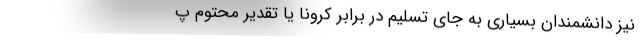
نیز دانشمندان بسیاری به جای تسلیم در برابر کرونا یا تقدیر محتوم پ